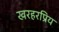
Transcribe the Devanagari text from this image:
खरहरप्रिय